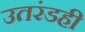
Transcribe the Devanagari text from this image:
उतरंडही